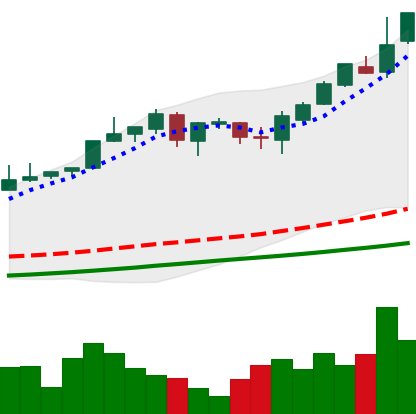
Ticker: BTC-USD
Chart end date: 2017-05-23
Forward return: -7.094%
Label: down_7plus